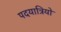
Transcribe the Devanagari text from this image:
पदयात्रियो